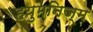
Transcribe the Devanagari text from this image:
हयुमनिज्म